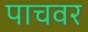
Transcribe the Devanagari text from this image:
पाचवर